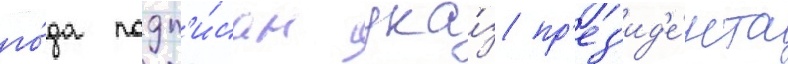
го́да подп'и́сан ука́з пр'ез'ид'е́нта